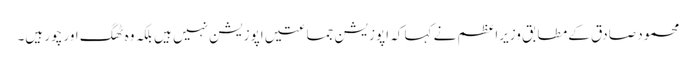
محمود صادق کے مطابق وزیراعظم نے کہا کہ اپوزیشن جماعتیں اپوزیشن نہیں ہیں بلکہ وہ ٹھگ اور چور ہیں۔